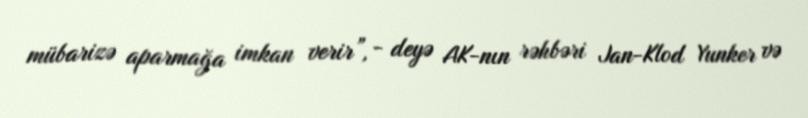
mübarizə aparmağa imkan verir”, - deyə AK-nın rəhbəri Jan-Klod Yunker və